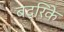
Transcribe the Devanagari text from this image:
बद्रिके